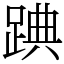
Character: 䠄